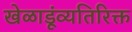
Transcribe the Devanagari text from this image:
खेळाडूंव्यतिरिक्त